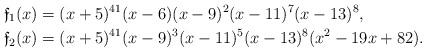
LaTeX: \begin{align*} \mathfrak{f}_1(x) &= (x+5)^{41} (x-6) (x-9)^2 (x-11)^7 (x-13)^8, \\ \mathfrak{f}_2(x) &= (x+5)^{41} (x-9)^3 (x-11)^5 (x-13)^8 (x^2-19x+82).\end{align*}